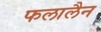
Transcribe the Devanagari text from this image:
फलालैन